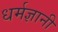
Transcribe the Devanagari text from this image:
धर्मज्ञानी